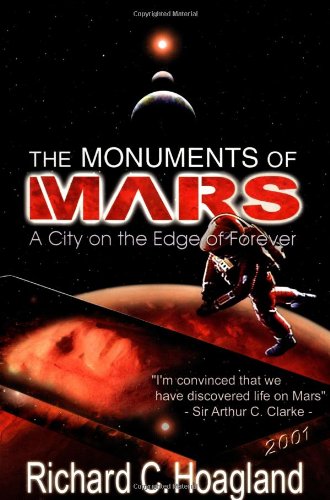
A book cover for The Monuments of Mars: A City on the Edge of Forever (5th Edition); Richard C. Hoagland; Science & Math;